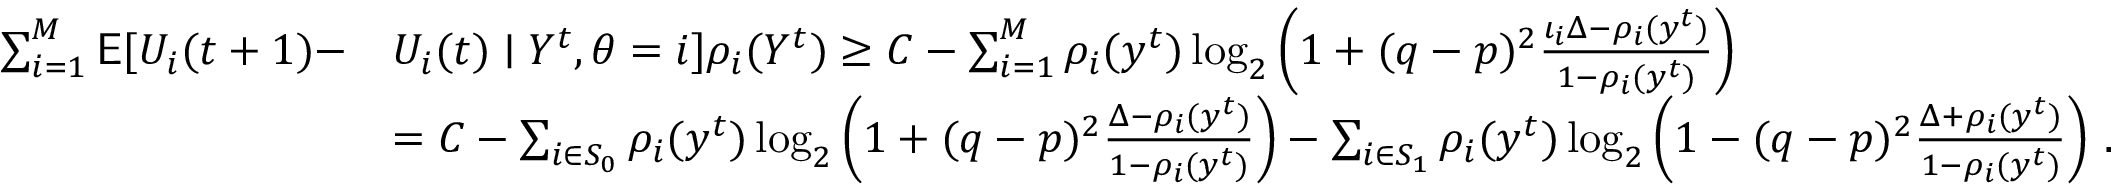
\begin{array} { r l } { \sum _ { i = 1 } ^ { M } \mathsf { E } [ U _ { i } ( t + 1 ) - } & { U _ { i } ( t ) \mid Y ^ { t } , \theta = i ] \rho _ { i } ( Y ^ { t } ) \ge C - \sum _ { i = 1 } ^ { M } \rho _ { i } ( y ^ { t } ) \log _ { 2 } \left( 1 + ( q - p ) ^ { 2 } \frac { \iota _ { i } \Delta - \rho _ { i } ( y ^ { t } ) } { 1 - \rho _ { i } ( y ^ { t } ) } \right) } \\ & { = C - \sum _ { i \in S _ { 0 } } \rho _ { i } ( y ^ { t } ) \log _ { 2 } \left( 1 + ( q - p ) ^ { 2 } \frac { \Delta - \rho _ { i } ( y ^ { t } ) } { 1 - \rho _ { i } ( y ^ { t } ) } \right) - \sum _ { i \in S _ { 1 } } \rho _ { i } ( y ^ { t } ) \log _ { 2 } \left( 1 - ( q - p ) ^ { 2 } \frac { \Delta + \rho _ { i } ( y ^ { t } ) } { 1 - \rho _ { i } ( y ^ { t } ) } \right) \, . } \end{array}